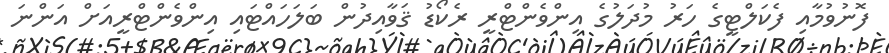
ފޮނުވުމާއި ފެކަލްޓީގެ ހަރު މުދަލުގެ އިންވެންޓްރީ ރެކޯޑު ޤަވާއިދުން ބަލަހައްޓައި އިންވެންޓްރީއަށް އަންނަ